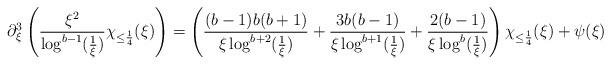
LaTeX: \begin{align*} \partial_{\xi}^{3}\left(\frac{\xi^{2}}{\log^{b-1}(\frac{1}{\xi})}\chi_{\leq \frac{1}{4}}(\xi)\right) = \left(\frac{(b-1)b(b+1)}{\xi\log^{b+2}(\frac{1}{\xi})} + \frac{3 b(b-1)}{\xi\log^{b+1}(\frac{1}{\xi})} + \frac{2(b-1)}{\xi\log^{b}(\frac{1}{\xi})}\right)\chi_{\leq \frac{1}{4}}(\xi)+\psi(\xi)\end{align*}